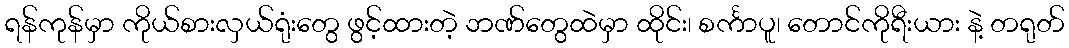
ရန်ကုန်မှာ ကိုယ်စားလှယ်ရုံးတွေ ဖွင့်ထားတဲ့ ဘဏ်တွေထဲမှာ ထိုင်း၊ စင်္ကာပူ၊ တောင်ကိုရီးယား နဲ့ တရုတ်